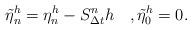
LaTeX: \begin{align*}\tilde{\eta}_n^{h}=\eta_n^h-S_{\Delta t}^{n}h \quad,\tilde{\eta}_0^h=0.\end{align*}